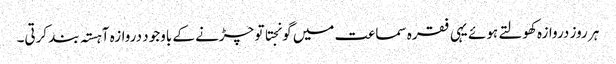
ہر روز دروازہ کھولتے ہوئے یہی فقرہ سماعت میں گونجتا تو چڑنے کے باوجود دروازہ آہستہ بند کرتی۔